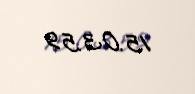
15.03.59